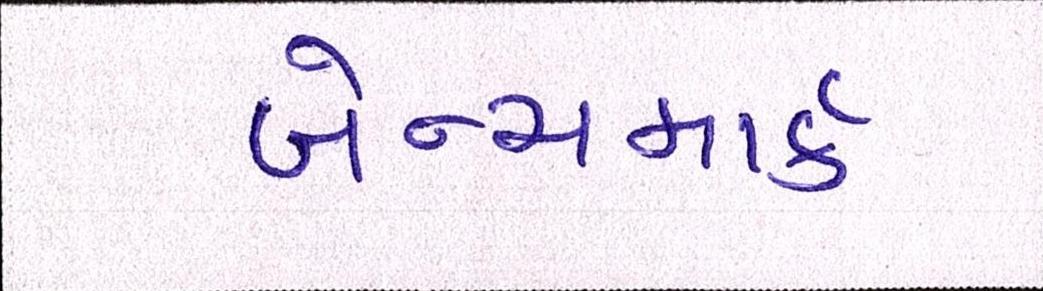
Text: બેન્ચમાર્ક